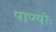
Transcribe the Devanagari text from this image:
पाण्योः